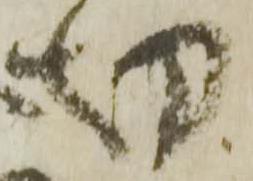
切